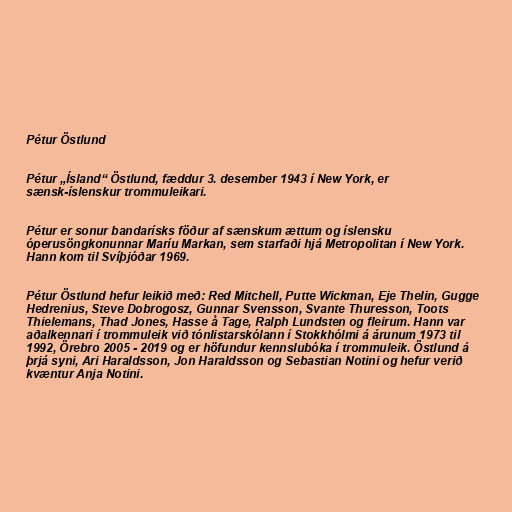
Pétur Östlund

Pétur „Ísland“ Östlund, fæddur 3. desember 1943 í New York, er
sænsk-íslenskur trommuleikari.

Pétur er sonur bandarísks föður af sænskum ættum og íslensku
óperusöngkonunnar Maríu Markan, sem starfaði hjá Metropolitan í New York.
Hann kom til Svíþjóðar 1969.

Pétur Östlund hefur leikið með: Red Mitchell, Putte Wickman, Eje Thelin, Gugge
Hedrenius, Steve Dobrogosz, Gunnar Svensson, Svante Thuresson, Toots
Thielemans, Thad Jones, Hasse å Tage, Ralph Lundsten og fleirum. Hann var
aðalkennari í trommuleik við tónlistarskólann í Stokkhólmi á árunum 1973 til
1992, Örebro 2005 - 2019 og er höfundur kennslubóka í trommuleik. Östlund á
þrjá syni, Ari Haraldsson, Jon Haraldsson og Sebastian Notini og hefur verið
kvæntur Anja Notini.